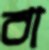
বা